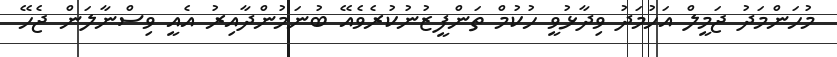
މުހަންމަދު ޖަމީލް އަހުމަދު ވިދާޅުވީ ހުކުމް ތަންފީޒުނުކުރެވެއޭ ބުނަމުންދާއިރު އެއީ ވިސްނާލަން ޖެހޭ